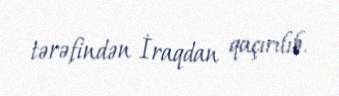
tərəfindən İraqdan qaçırılıb.